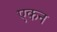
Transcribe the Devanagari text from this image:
एकन